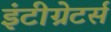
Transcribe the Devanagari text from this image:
इंटीग्रेटर्स